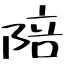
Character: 陪